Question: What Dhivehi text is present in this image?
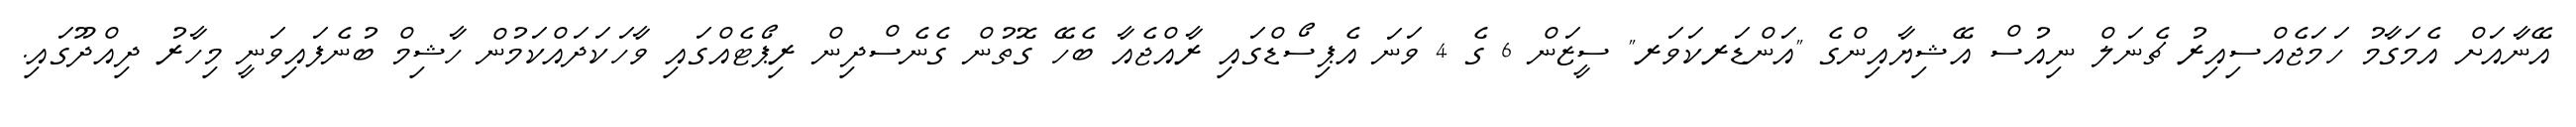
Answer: އޭނާއަށް އެމަގާމު ހަމަޖެއްސިއިރު ޗެނަލް ނިއުސް އޭޝިޔާއިންގެ "އަންޑަރކަވަރ" ސީޒަން 6 ގެ 4 ވަނަ އެޕިސޯޑްގައި ރާއްޖެއާ ބެހޭ ގޮތުން ގެނެސްދިން ރިޕޯޓެއްގައި ވާހަކަދައްކަމުން ހާޝިމް ބުނެފައިވަނީ މިހާރު ދިއްދޫގައި.